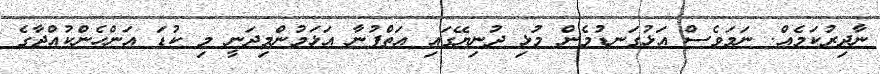
ނާދިރުކަމެއް. ނަމަވެސް އަޅުގަނޑުމެން މުޅި ދުނިޔޭގައި އަތްފުނާ އަޅަމުންމިދަނީ މި ކުޑަ އަންހެންކުއްޖާގެ